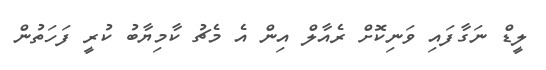
ލީޑް ނަގާފައި ވަނިކޮށް ރެއާލް އިން އެ މެޗު ކާމިޔާބު ކުރީ ފަހަތުން